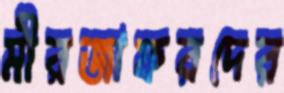
মীরজাফরদের